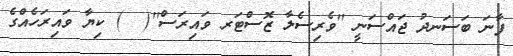
ފާނަ ބަސަނދު ޖައްސަނީ ''ވެރިސެލާ ޒޮސްޓަރ ވައިރަސް''(  ) ކިޔާ ވައިރަހެއްގެ